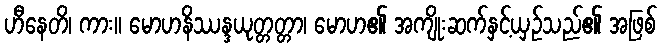
ဟီနေတိ၊ ကား။ မောဟနိဿန္ဒယုတ္တတ္တာ၊ မောဟ၏ အကျိုးဆက်နှင့်ယှဉ်သည်၏ အဖြစ်